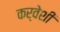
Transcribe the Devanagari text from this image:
कर्वेशी